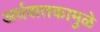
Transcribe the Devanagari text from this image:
अर्धशतकामुळे